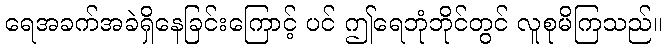
ရေအခက်အခဲရှိနေခြင်းကြောင့် ပင် ဤရေဘုံဘိုင်တွင် လူစုမိကြသည်။